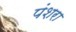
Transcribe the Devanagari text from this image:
पंशरा